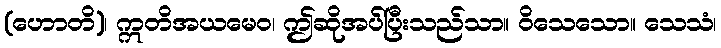
(ဟောတိ)၊ ဣတိအယမေဝ၊ ဤဆိုအပ်ပြီးသည်သာ။ ဝိသေသော။ သေသံ၊